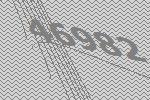
46982